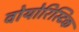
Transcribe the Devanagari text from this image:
वोयोरिस्टिक